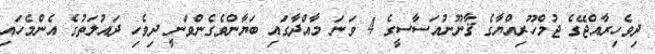
ދިވެހިރާއްޖޭގެ ޖުމްހޫރިއްޔާގެ ޤާނޫނުއަސާސީގެ 4 ވަނަ މާއްދާގައި ބަޔާންވެގެންވަނީ ދިވެހި ދައުލަތުގެ އެންމެހައި